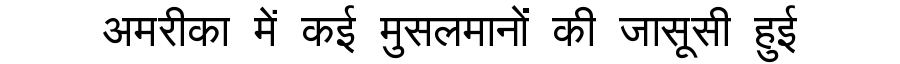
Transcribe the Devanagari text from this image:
अमरीका में कई मुसलमानों की जासूसी हुई